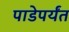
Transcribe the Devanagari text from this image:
पाडेपर्यंत